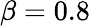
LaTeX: \beta=0.8